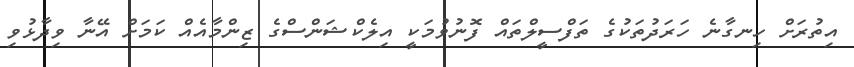
އިތުރަށް ހިނގާނެ ހަރަދުތަކުގެ ތަފްސީލްތައް ފޮނުވުމަކީ އިލެކްޝަންސްގެ ޒިންމާއެއް ކަމަށް އޭނާ ވިދާޅުވި